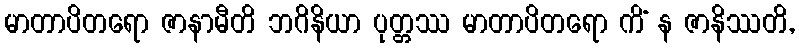
မာတာပိတရော ဇာနာမီတိ ဘဂိနိယာ ပုတ္တဿ မာတာပိတရော ကိံ န ဇာနိဿတိ,